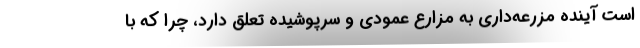
است آینده مزرعه‌داری به مزارع عمودی و سرپوشیده تعلق دارد، چرا که با